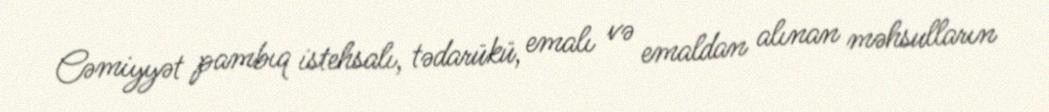
Cəmiyyət pambıq istehsalı, tədarükü, emalı və emaldan alınan məhsulların